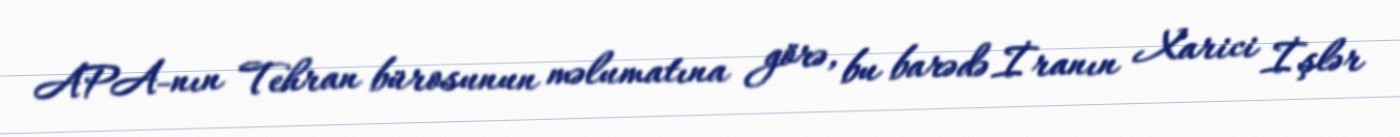
APA-nın Tehran bürosunun məlumatına görə, bu barədə İranın Xarici İşlər